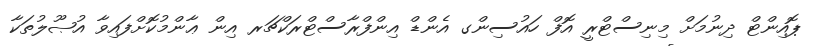
ޕޮއިންޓް ދިނުމަށް މިނިސްޓްރީ އޮފް ހައުސިންގ އެންޑް އިންފްރާސްޓްރަކްޗަރ އިން ޢާންމުކޮށްފައިވާ އުޞޫލުތަކާ